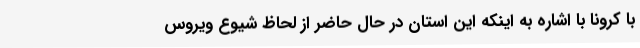
با کرونا با اشاره به اینکه این استان در حال حاضر از لحاظ شیوع ویروس